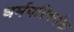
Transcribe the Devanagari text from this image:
धर्मपरिवर्तक